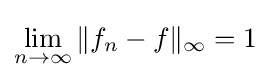
\lim _{n\to \infty }\|f_{n}-f\|_{\infty }=1